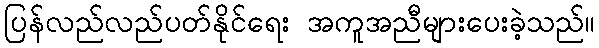
ပြန်လည်လည်ပတ်နိုင်ရေး အကူအညီများပေးခဲ့သည်။